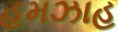
હમઝાહ